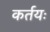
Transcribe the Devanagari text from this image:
कर्तयः